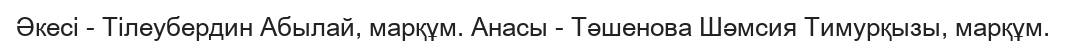
Әкесі - Тілеубердин Абылай, марқұм. Анасы - Тәшенова Шәмсия Тимурқызы, марқұм.